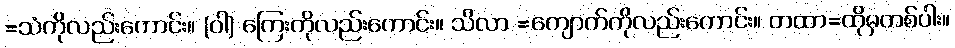
=သံကိုလည်းကောင်း။ (ဝါ) ကြေးကိုလည်းကောင်း။ သိလာ =ကျောက်ကိုလည်းကောင်း။ တထာ=ထိုမှတစ်ပါး။